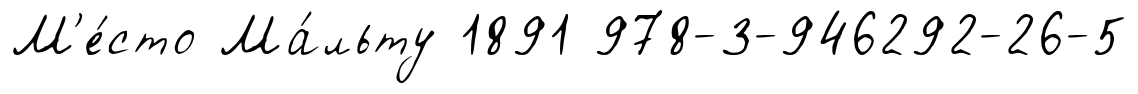
М'е́сто Ма́льту 1891 978-3-946292-26-5